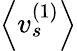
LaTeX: \left<v_{s}^{(1)}\right>